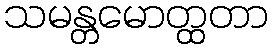
သမန္တမောတ္ထတာ